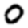
Digit: 0